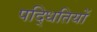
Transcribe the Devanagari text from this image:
पद्धितियों